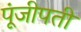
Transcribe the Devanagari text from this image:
पूंजीपती